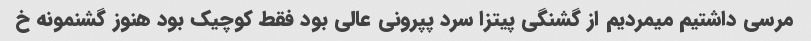
مرسی داشتیم میمردیم از گشنگی پیتزا سرد پپرونی عالی بود فقط کوچیک بود هنوز گشنمونه خ